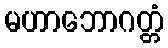
မဟာဘောဂတ္တံ